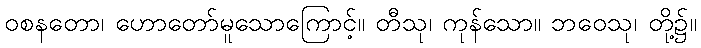
ဝစနတော၊ ဟောတော်မူသောကြောင့်။ တီသု၊ ကုန်သော။ ဘဝေသု၊ တို့၌။